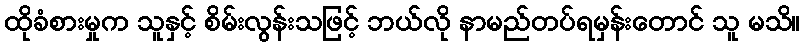
ထိုခံစားမှုက သူနှင့် စိမ်းလွန်းသဖြင့် ဘယ်လို နာမည်တပ်ရမှန်းတောင် သူ မသိ။